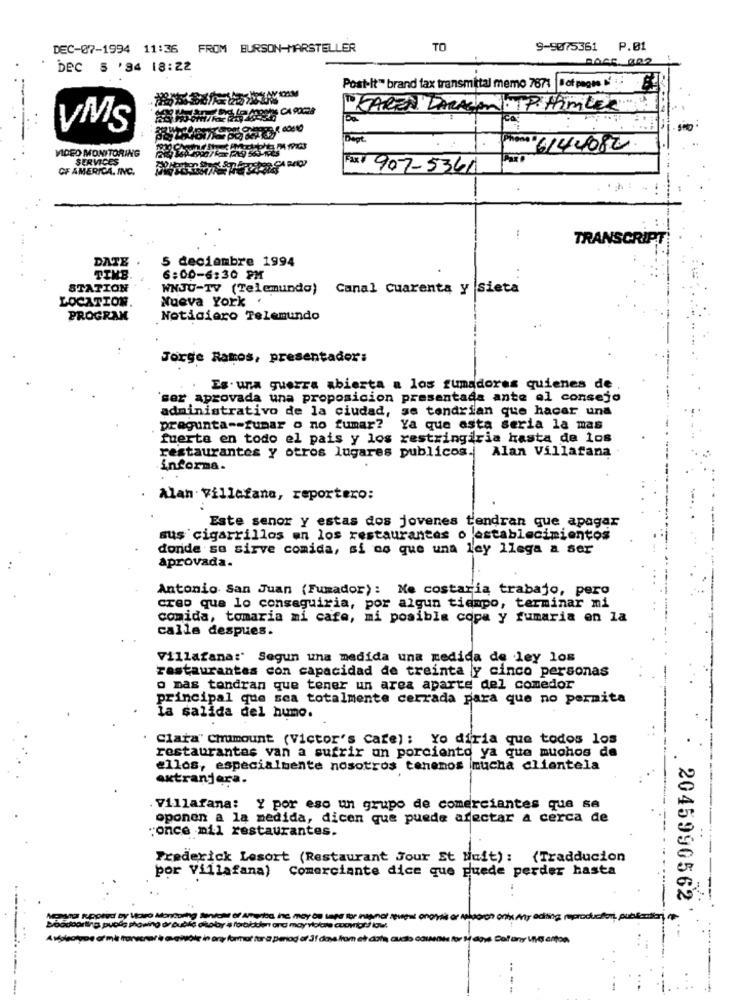
DEC-07-1994 11:36 FROM BURSON-MARSTELLER
TO
9-5075361 P.01
ROCE. 002
.
bec 5 '94 18:22
Post-It" brand fax transmittal memo 7871 Not mots
FAREN LARASON. IP HIMLER
VMS
: ****
boot
Phone : 6144082.
VIDEO MONITORING
SERVICES
OF AMERICA. INC.
Fax 7 907-5361
TRANSCRIPT
DATE
5 deciembre 1994
TINB.
6:00-6:30 PM
STATION
WNJU-TV (Telemundo) Canal Cuarenta Y sieta
LOCATION.
Nueva York .
PROGRAM
Noticiero Telemundo
Jorge Ramos, presentador:
Es una guerra abierta a los fumadores quienes de
`ser aprovada una proposicion presentada ante el consejo
administrativo de la ciudad, se tendrían que hacer una
pregunta -- fumar o no fumar?
Ya que asta seria la mas
fuerte en todo el pais y los restringiria hasta de los
Alan Villafana
restaurantes y otros lugares publicos.
informa.
.
Alan Villafane, reportero:
Este senor y estas dos jovenes tendran que apagar
sus cigarrillos en los restaurantes o establecimientos
donde se sirve comida, si no que una ley llega a ser
aprovada.
Antonio San Juan (Fumador): Me costaria trabajo, pero
creo que lo conseguiria, por algun tiempo, terminar mi
comida, tomaria mi cafe, mi posible copa y fumaria en la
calle despues.
Villafana:' Segun una medida una medica de ley los
restaurantes con capacidad de treinta y cinco personas
o mas tendran que tener un area aparte del comedor
principal que sea totalmente cerrada para que no permita
la salida del humo.
Clara" Chumount (Victor's Cafe) : Yo diria que todos los
restaurantes van a sufrir un porciento ya que muchos de
ellos, especialmente nosotros tenemos mucha clientela
extranjera.
. Villafana: Y por eso un grupo de comerciantes que se
oponen a la medida, dicen que puede afectar a cerca de
"once mil restaurantes.
Frederick Lesort (Restaurant Jour St Nuit) :
(Tradducion
por Villafana) Comerciante dice que puede perder hasta
2045990562
Nepara Reported by Varo Mondoing Mental of Alba, inc. may on tape for internet sesigu onoysis or maisarch onto Any
Avyoutype of mis horror le avevole in any format for a period of 31 days from et data, audis counts for Many Del any Viva